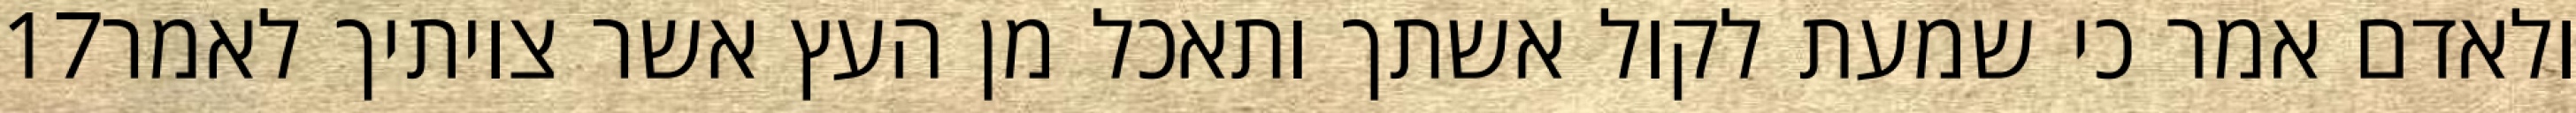
‎17‏ ולאדם אמר כי שמעת לקול אשתך ותאכל מן העץ אשר צויתיך לאמר